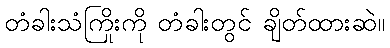
တံခါးသံကြိုးကို တံခါးတွင် ချိတ်ထားဆဲ။